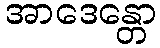
အာဒေန္တော